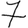
Digit: 7